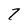
Character: 7